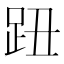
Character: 𧿔